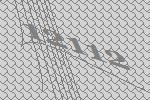
12112